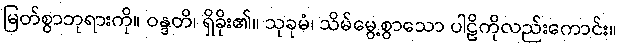
မြတ်စွာဘုရားကို။ ဝန္ဒတိ၊ ရှိခိုး၏။ သုခုမံ၊ သိမ်မွေ့စွာသော ပါဠိကိုလည်းကောင်း။